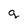
Character: g